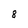
Character: 8